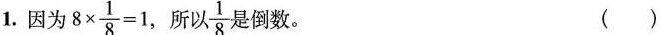
1.因为$$8 \times \frac{1}{8} = 1$$ ，所以 \frac{1}{8}是倒数。()